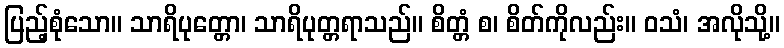
ပြည့်စုံသော။ သာရိပုတ္တော၊ သာရိပုတ္တရာသည်။ စိတ္တံ စ၊ စိတ်ကိုလည်း။ ဝသံ၊ အလိုသို့။